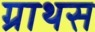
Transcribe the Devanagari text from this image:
ग्राथस